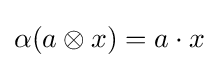
\alpha (a\otimes x)=a\cdot x